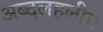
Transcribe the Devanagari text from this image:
अब्दलहलीम